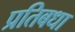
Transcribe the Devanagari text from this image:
प्रतिबधा